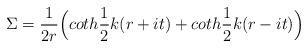
LaTeX: \begin{align*}\Sigma = \frac{1}{2r}\Bigl(coth\frac{1}{2} k(r+it) + coth\frac{1}{2}k(r-it)\Bigr)\end{align*}